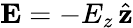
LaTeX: \mathbf{E}=-E_{z}\, \hat{\mathbf{z}}